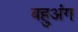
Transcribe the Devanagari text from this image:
बहुअंग